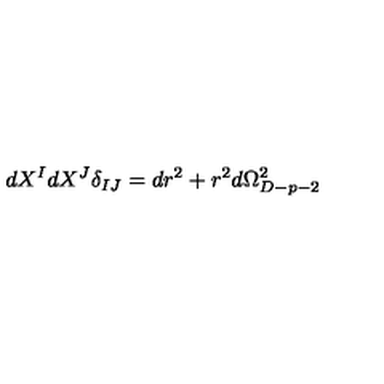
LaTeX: \, d X ^ { I } d X ^ { J } \delta _ { I J } = d r ^ { 2 } + r ^ { 2 } d \Omega _ { D - p - 2 } ^ { 2 }